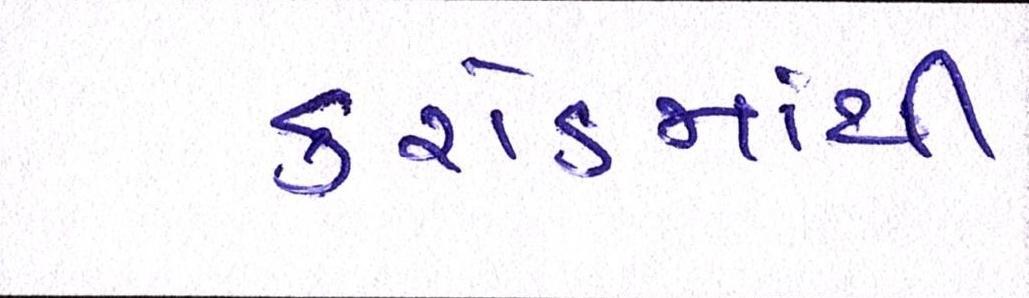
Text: કરોડમાંથી